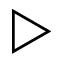
\triangleright